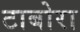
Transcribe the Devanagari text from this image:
टाबोरा